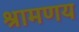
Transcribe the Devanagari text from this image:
श्रामणय